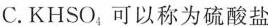
C.KHSO_{4}可以称为硫酸盐